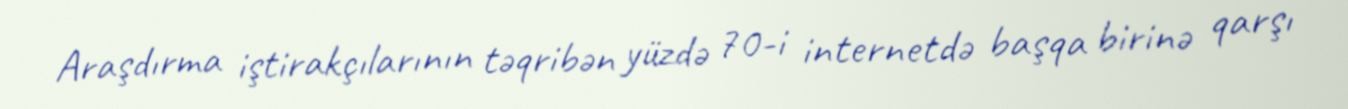
Araşdırma iştirakçılarının təqribən yüzdə 70-i internetdə başqa birinə qarşı